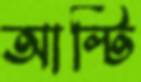
আল্টি